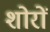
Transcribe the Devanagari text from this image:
शोरों